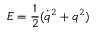
E = { \frac { 1 } { 2 } } ( \dot { q } ^ { 2 } + q ^ { 2 } )